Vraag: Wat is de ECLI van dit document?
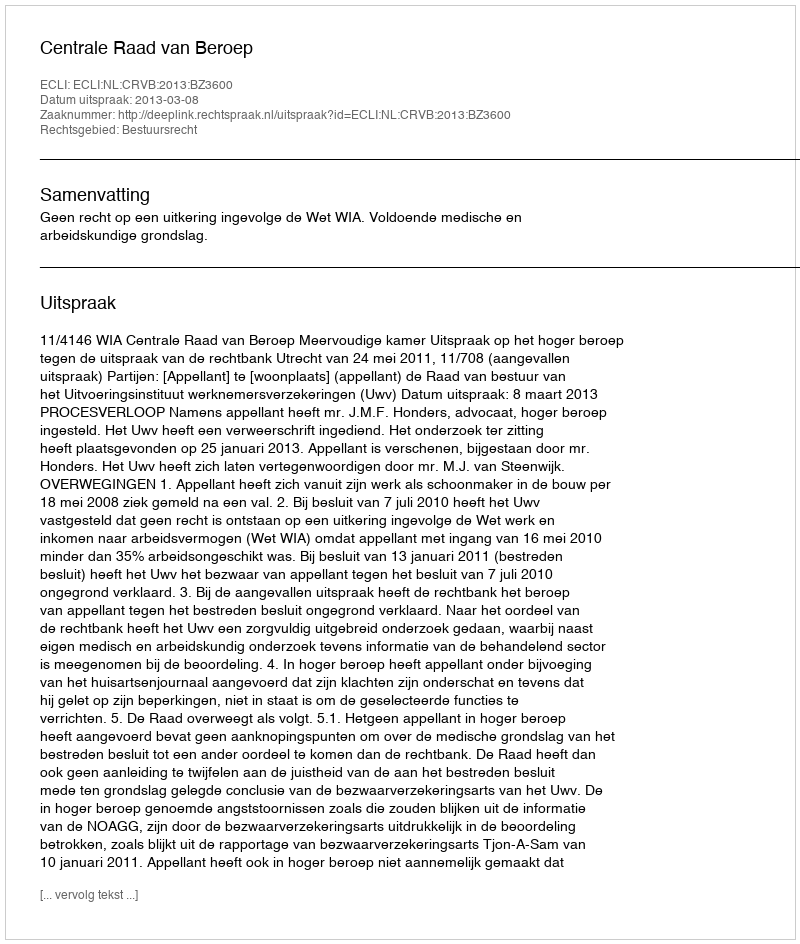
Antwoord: ECLI:NL:CRVB:2013:BZ3600